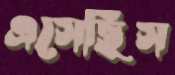
এসেছিস